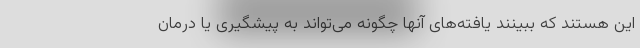
این هستند که ببینند یافته‌های آنها چگونه می‌تواند به پیشگیری یا درمان